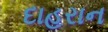
દાહરાન